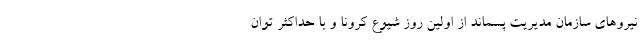
نیروهای سازمان مدیریت پسماند از اولین روز شیوع کرونا و با حداکثر توان